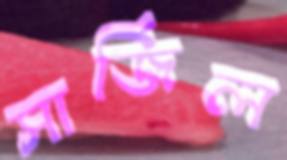
সার্জিল